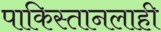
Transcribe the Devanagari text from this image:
पाकिस्तानलाही